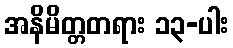
အနိမိတ္တတရား ၁၃-ပါး